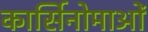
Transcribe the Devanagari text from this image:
कार्सिनोमाओं